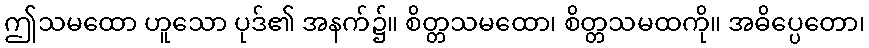
ဤသမထော ဟူသော ပုဒ်၏ အနက်၌။ စိတ္တသမထော၊ စိတ္တသမထကို။ အဓိပ္ပေတော၊